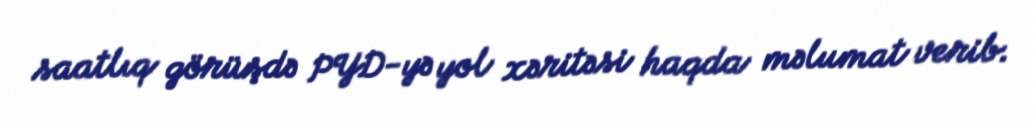
saatlıq görüşdə PYD-yə yol xəritəsi haqda məlumat verib.